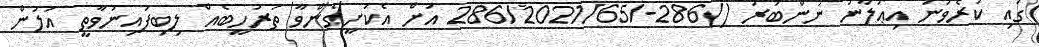
ގައި ކުރެވުނު އިޢުލާނު ނަންބަރު ()286-/286/2021/65 އަށް އެކަށީގެންވާ ތަރުހީބެއް ލިބިފައިނުވާތީ އަލުން